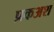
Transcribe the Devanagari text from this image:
प्रकअश